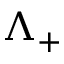
\Lambda _ { + }